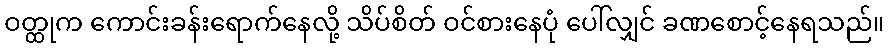
ဝတ္ထုက ကောင်းခန်းရောက်နေလို့ သိပ်စိတ် ဝင်စားနေပုံ ပေါ်လျှင် ခဏစောင့်နေရသည်။